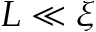
L \ll \xi